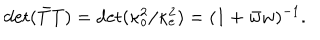
\det ( \bar { T } T ) = \det ( \kappa _ { o } ^ { 2 } / \kappa _ { e } ^ { 2 } ) = ( 1 + \bar { w } w ) ^ { - 1 } .